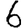
Digit: 6